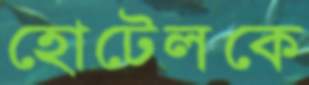
হোটেলকে